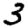
Digit: 3